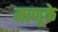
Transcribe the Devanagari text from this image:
माणूके